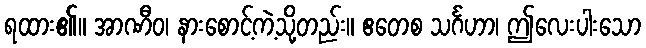
ရထား၏။ အာဏီဝ၊ နားစောင့်ကဲ့သို့တည်း။ ဧတေစ သင်္ဂဟာ၊ ဤလေးပါးသော